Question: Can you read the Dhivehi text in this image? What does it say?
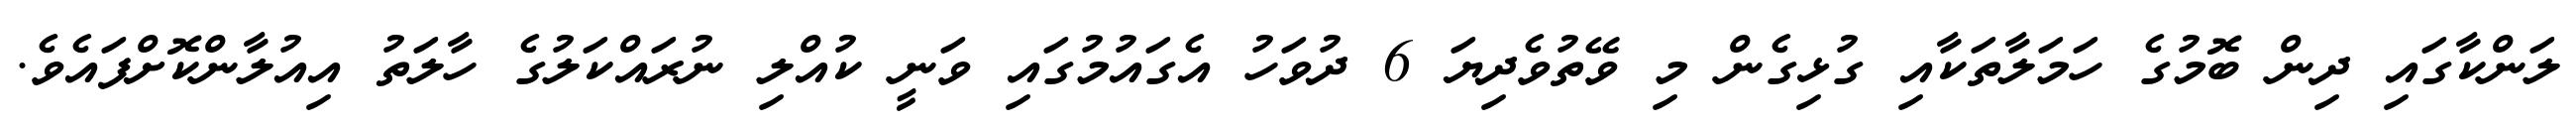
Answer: ލަންކާގައި ދިން ބޮމުގެ ހަމަލާތަކާއި ގުޅިގެން މި ވޭތުވެދިޔަ 6 ދުވަހު އެގައުމުގައި ވަނީ ކުއްލި ނުރައްކަލުގެ ހާލަތު އިއުލާންކޮށްފައެވެ.